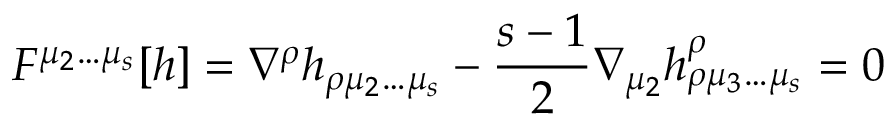
F ^ { \mu _ { 2 } \ldots \mu _ { s } } [ h ] = \nabla ^ { \rho } h _ { \rho \mu _ { 2 } \ldots \mu _ { s } } - { \frac { s - 1 } { 2 } } \nabla _ { \mu _ { 2 } } h _ { \rho \mu _ { 3 } \ldots \mu _ { s } } ^ { \rho } = 0